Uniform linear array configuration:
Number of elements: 64
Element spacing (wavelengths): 1
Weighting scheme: hamming
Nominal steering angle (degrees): -60
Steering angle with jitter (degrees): -58.357
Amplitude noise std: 0.05
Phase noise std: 0.05

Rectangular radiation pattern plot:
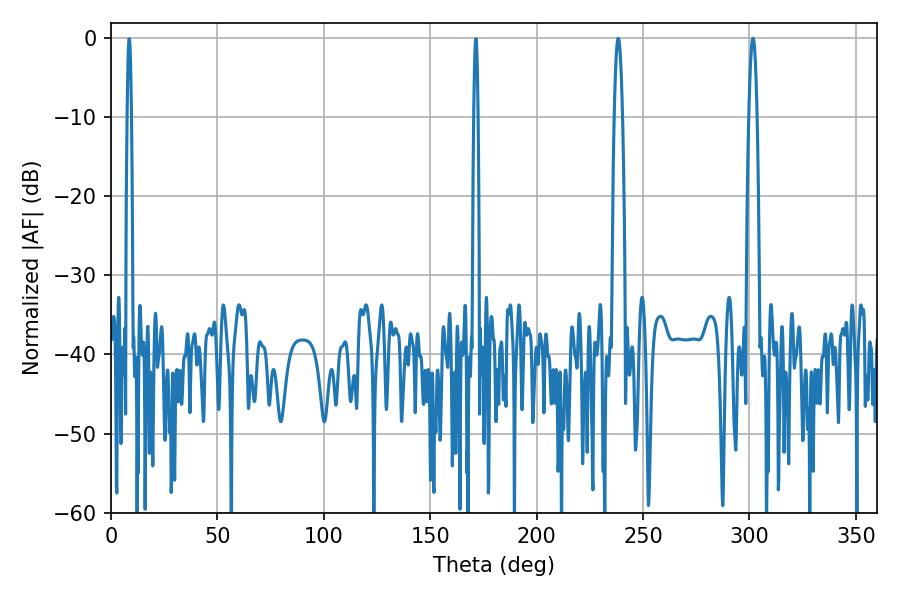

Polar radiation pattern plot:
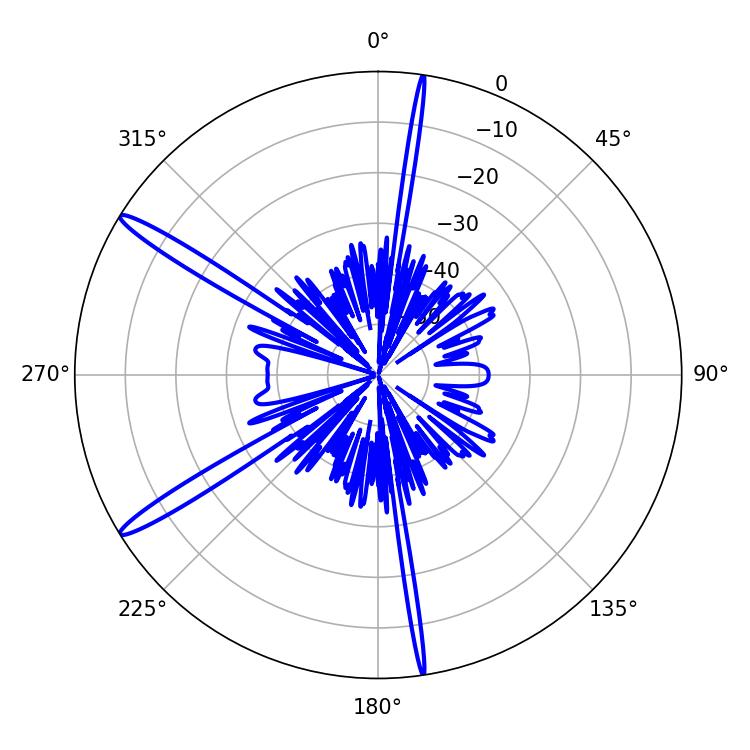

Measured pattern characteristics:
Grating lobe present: TRUE
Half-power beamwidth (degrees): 2.16
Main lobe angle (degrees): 238.32